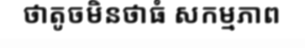
ថាតូចមិនថាធំ សកម្មភាព